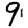
Digit: 9